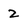
Character: 2